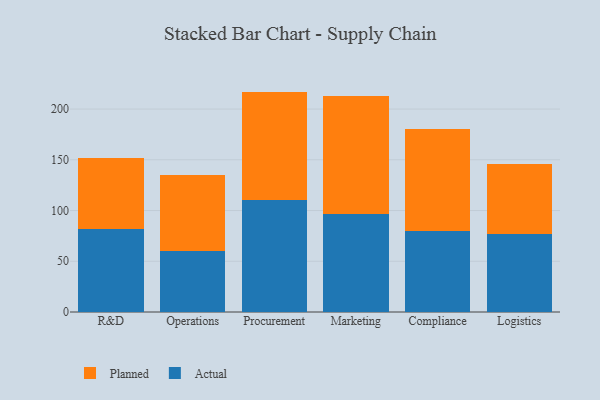
{"axis": {"x": "Department", "y": "Production Output"}, "legend": ["Actual", "Planned"], "data": [{"x": "R&D", "y": 82.0, "type": "Actual"}, {"x": "R&D", "y": 69.8, "type": "Planned"}, {"x": "Operations", "y": 59.7, "type": "Actual"}, {"x": "Operations", "y": 75.4, "type": "Planned"}, {"x": "Procurement", "y": 110.2, "type": "Actual"}, {"x": "Procurement", "y": 107.0, "type": "Planned"}, {"x": "Marketing", "y": 97.0, "type": "Actual"}, {"x": "Marketing", "y": 115.7, "type": "Planned"}, {"x": "Compliance", "y": 80.3, "type": "Actual"}, {"x": "Compliance", "y": 100.5, "type": "Planned"}, {"x": "Logistics", "y": 76.6, "type": "Actual"}, {"x": "Logistics", "y": 69.5, "type": "Planned"}]}